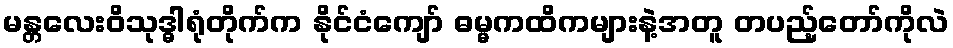
မန္တလေးဝိသုဒ္ဓါရုံတိုက်က နိုင်ငံကျော် ဓမ္မကထိကများနဲ့အတူ တပည့်တော်ကိုလဲ